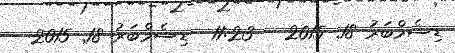
ޑިސެމްބަރު 18